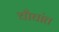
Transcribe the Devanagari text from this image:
चौघांत